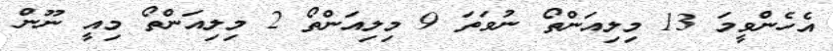
އެހެންވީމަ 13 މިލިއަންތޯ ނުވަތަ 9 މިލިއަންތޯ 2 މިލިއަންތޯ މިއީ ނޫން